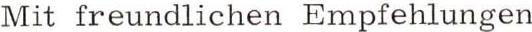
Mit freundlichen Empfehlungen